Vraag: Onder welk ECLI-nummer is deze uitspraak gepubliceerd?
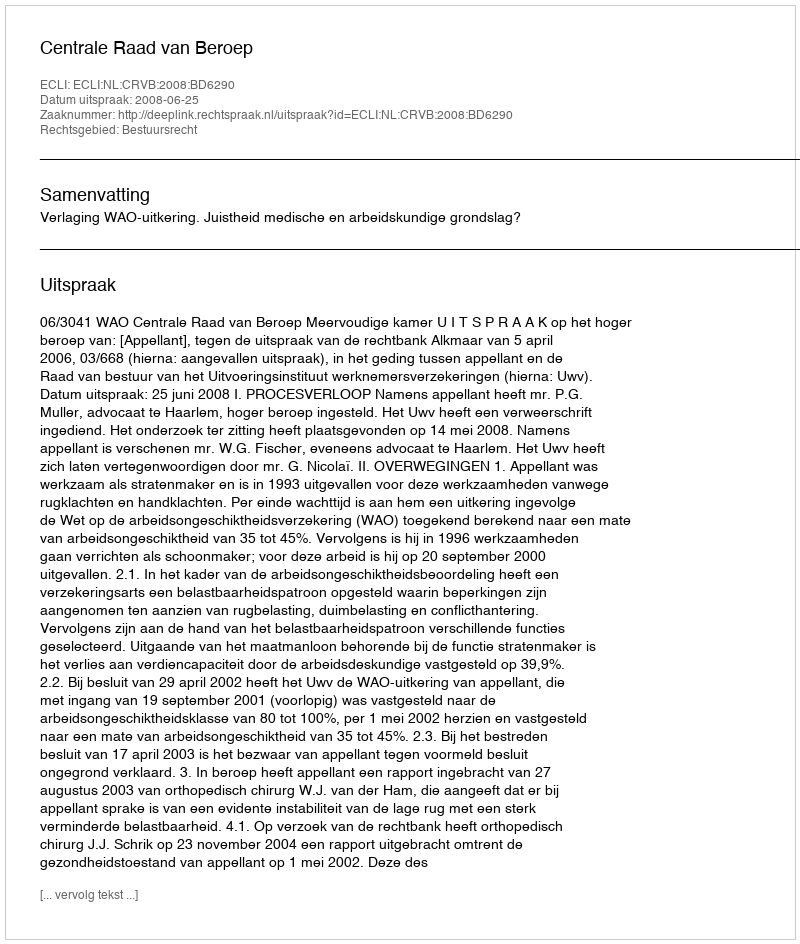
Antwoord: ECLI:NL:CRVB:2008:BD6290